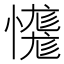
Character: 𢣝